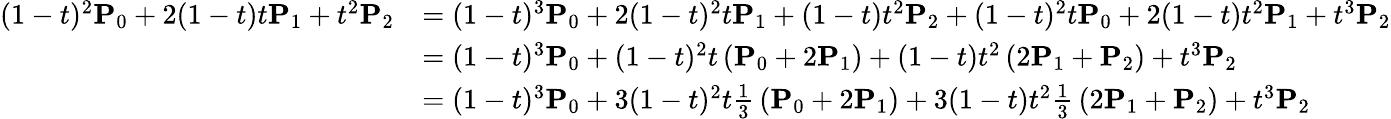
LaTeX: {\begin{array}{rl}{(1-t)^{2}\mathbf{P}_{0}+2(1-t)t\mathbf{P}_{1}+t^{2}\mathbf{P}_{2}}&{=(1-t)^{3}\mathbf{P}_{0}+2(1-t)^{2}t\mathbf{P}_{1}+(1-t)t^{2}\mathbf{P}_{2}+(1-t)^{2}t\mathbf{P}_{0}+2(1-t)t^{2}\mathbf{P}_{1}+t^{3}\mathbf{P}_{2}}\\ &{=(1-t)^{3}\mathbf{P}_{0}+(1-t)^{2}t\left(\mathbf{P}_{0}+2\mathbf{P}_{1}\right)+(1-t)t^{2}\left(2\mathbf{P}_{1}+\mathbf{P}_{2}\right)+t^{3}\mathbf{P}_{2}}\\ &{=(1-t)^{3}\mathbf{P}_{0}+3(1-t)^{2}t{\frac{1}{3}}\left(\mathbf{P}_{0}+2\mathbf{P}_{1}\right)+3(1-t)t^{2}{\frac{1}{3}}\left(2\mathbf{P}_{1}+\mathbf{P}_{2}\right)+t^{3}\mathbf{P}_{2}}\end{array}}